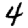
Digit: 4